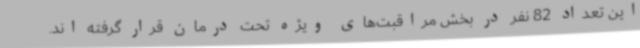
این تعداد 82 نفر در بخش مراقبت‌های ویژه تحت درمان قرار گرفته اند.